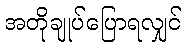
အတိုချုပ်ပြောရလျှင်